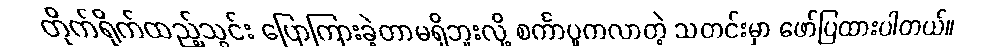
တိုက်ရိုက်ထည့်သွင်း ပြောကြားခဲ့တာမရှိဘူးလို့ စင်္ကာပူကလာတဲ့ သတင်းမှာ ဖော်ပြထားပါတယ်။